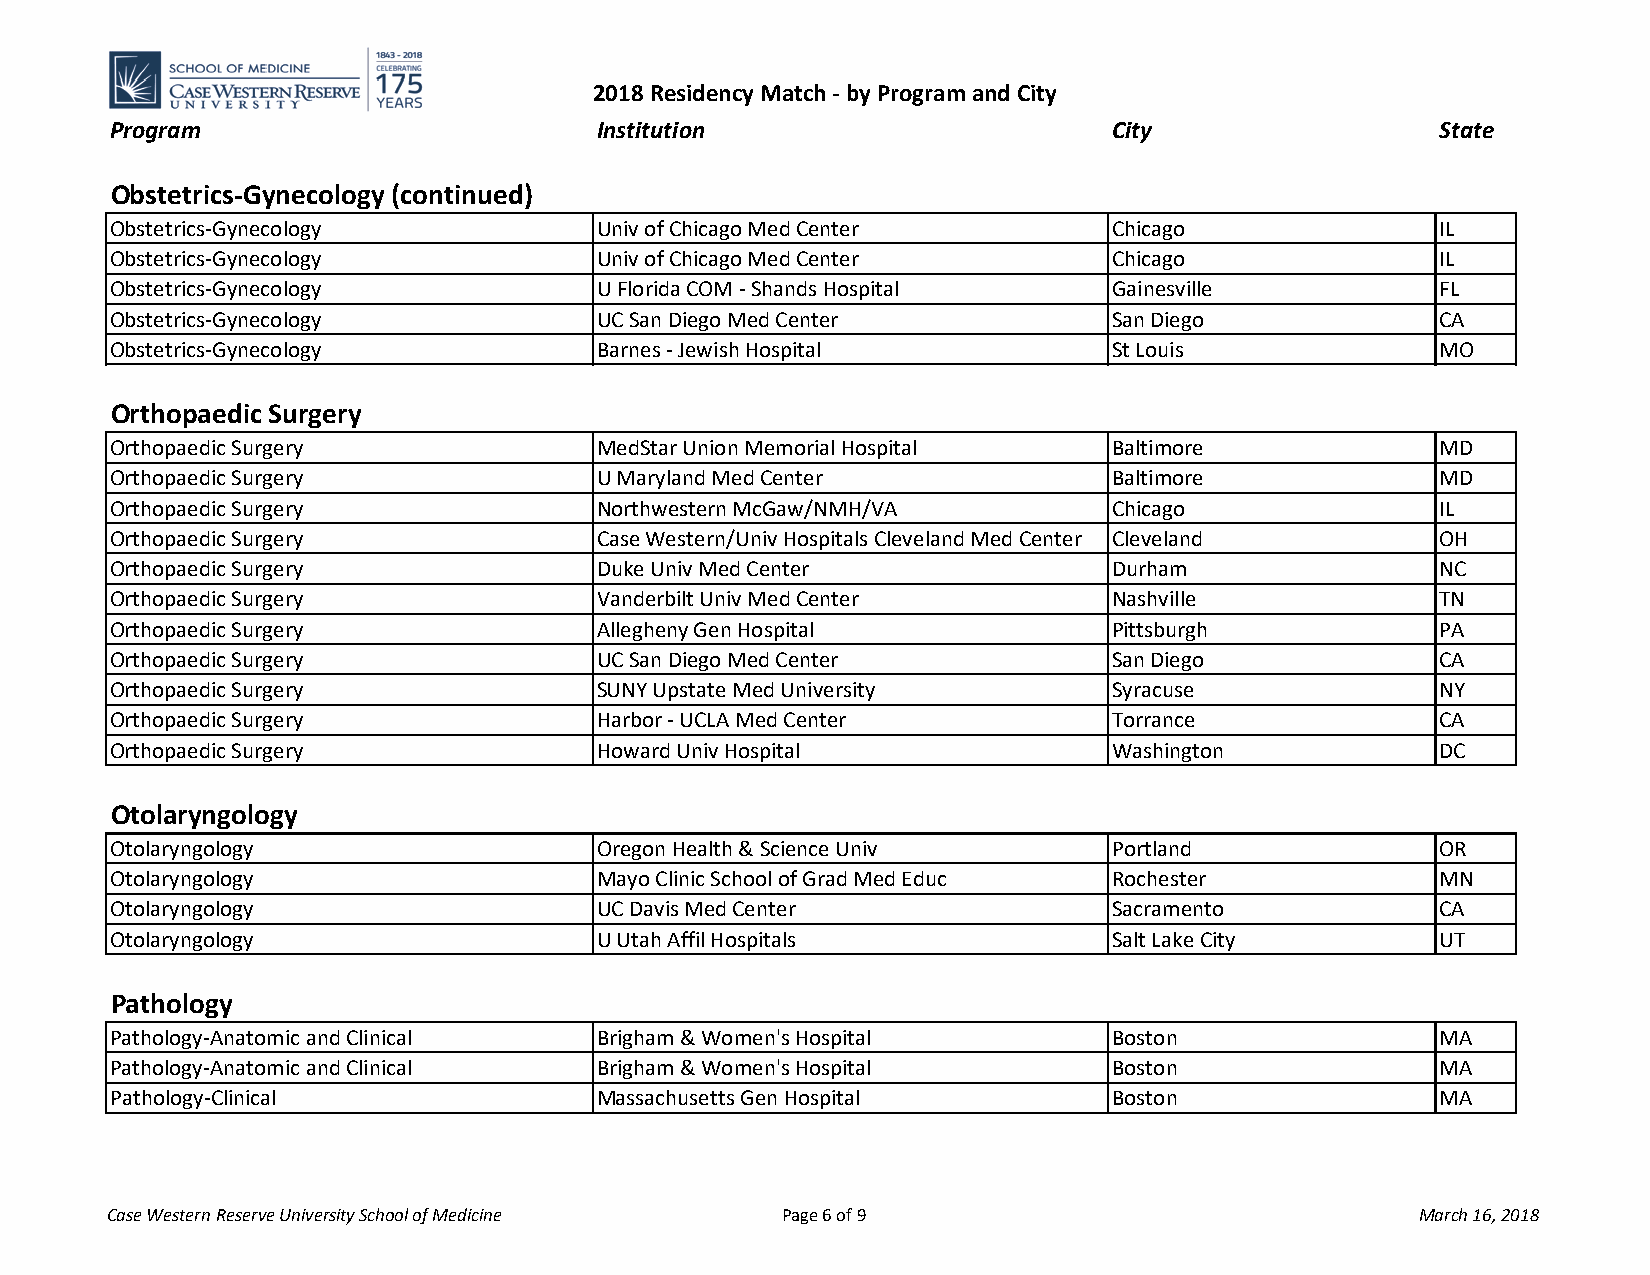
2018 Residency Match - by Program and City
 Program                         Institution                       City                  State
 Obstetrics-Gynecology (continued)
 Obstetrics-Gynecology           Univ of Chicago Med Center        Chicago               IL
 Obstetrics-Gynecology           Univ of Chicago Med Center        Chicago               IL
 Obstetrics-Gynecology           U Florida COM - Shands Hospital   Gainesville           FL
 Obstetrics-Gynecology           UC San Diego Med Center           San Diego             CA
 Obstetrics-Gynecology           Barnes - Jewish Hospital          St Louis              MO
 Orthopaedic Surgery
 Orthopaedic Surgery             MedStar Union Memorial Hospital   Baltimore             MD
 Orthopaedic Surgery             U Maryland Med Center             Baltimore             MD
 Orthopaedic Surgery             Northwestern McGaw/NMH/VA         Chicago               IL
 Orthopaedic Surgery             Case Western/Univ Hospitals Cleveland Med Center Cleveland OH
 Orthopaedic Surgery             Duke Univ Med Center              Durham                NC
 Orthopaedic Surgery             Vanderbilt Univ Med Center        Nashville             TN
 Orthopaedic Surgery             Allegheny Gen Hospital            Pittsburgh            PA
 Orthopaedic Surgery             UC San Diego Med Center           San Diego             CA
 Orthopaedic Surgery             SUNY Upstate Med University       Syracuse              NY
 Orthopaedic Surgery             Harbor - UCLA Med Center          Torrance              CA
 Orthopaedic Surgery             Howard Univ Hospital              Washington            DC
 Otolaryngology
 Otolaryngology                  Oregon Health & Science Univ      Portland              OR
 Otolaryngology                  Mayo Clinic School of Grad Med Educ Rochester           MN
 Otolaryngology                  UC Davis Med Center               Sacramento            CA
 Otolaryngology                  U Utah Affil Hospitals            Salt Lake City        UT
 Pathology
 Pathology-Anatomic and Clinical Brigham & Women's Hospital        Boston                MA
 Pathology-Anatomic and Clinical Brigham & Women's Hospital        Boston                MA
 Pathology-Clinical              Massachusetts Gen Hospital        Boston                MA
 Case Western Reserve University School of Medicine Page 6 of 9                         March 16, 2018